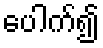
ပေါက်၍